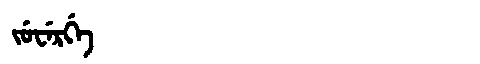
Manchu: ᠵᡠᠸᡝᡵᡤᡝ
Romanization: JUWERGE